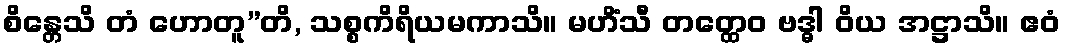
စိန္တေသိ တံ ဟောတူ”တိ, သစ္စကိရိယမကာသိ။ မဟိံသီ တတ္ထေဝ ဗဒ္ဓါ ဝိယ အဋ္ဌာသိ။ ဧဝံ